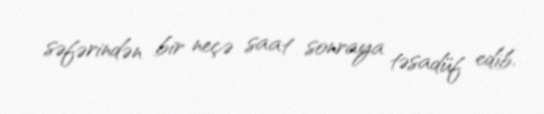
səfərindən bir neçə saat sonraya təsadüf edib.